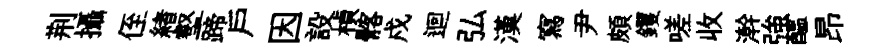
荆攝侄緖壑蹄户因設楨髂戍迴弘漢寫尹頗钁嗟收澣強醖昂